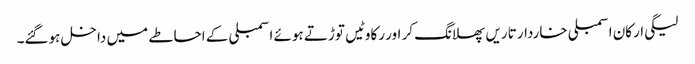
لیگی ارکان اسمبلی خاردار تاریں پھلانگ کر اور رکاوٹیں توڑتے ہوئے اسمبلی کے احاطے میں داخل ہوگئے۔